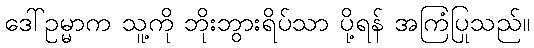
ဒေါ်ဥမ္မာက သူ့ကို ဘိုးဘွားရိပ်သာ ပို့ရန် အကြံပြုသည်။